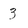
Character: 3